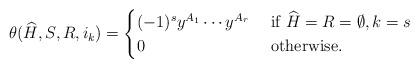
LaTeX: \begin{align*}\theta(\widehat{H},S,{R},i_k) = \begin{cases}(-1)^s y^{A_1} \dotsb y^{A_r} &\textrm{ if } \widehat{H} = {R} = \emptyset, k = s \\0 &\textrm{ otherwise.}\end{cases}\end{align*}